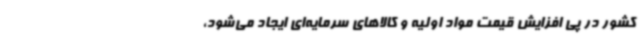
کشور در پی افزایش قیمت مواد اولیه و کالاهای سرمایه‌ای ایجاد می‌شود،